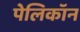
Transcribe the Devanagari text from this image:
पेलिकॉन